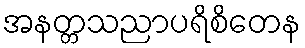
အနတ္တသညာပရိစိတေန